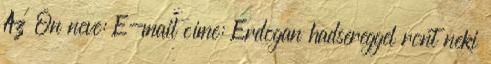
Az Ön neve: E-mail címe: Erdogan hadsereggel ront neki